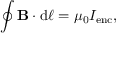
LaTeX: \oint \mathbf { B } \cdot \mathrm { d } { \boldsymbol { \ell } } = \mu _ { 0 } I _ { \mathrm { e n c } } ,